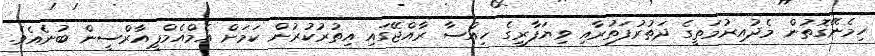
ހިމެނޭގޮތުން މެދުއިރުމަތީގެ ދަތުރުފަތުރާއި ވިޔަފާރީގެ ހިއްސާ ރާއްޖޭގައި އިތުރުކުރުން ކަމަށް އެމްއެމްޕީއާރްސީން ބުނެއެވެ.